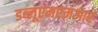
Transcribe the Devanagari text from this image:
डब्लूएमएमआर